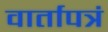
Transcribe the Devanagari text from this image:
वार्तापत्रं